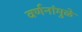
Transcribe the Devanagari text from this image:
वर्णनांमुळे